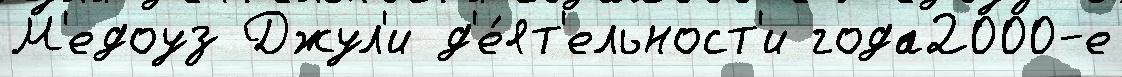
М'едоуз Джул'и д'е́ят'ельност'и года2000-е